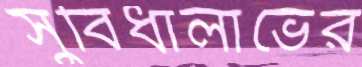
সুবিধালাভের